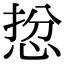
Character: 𢚅